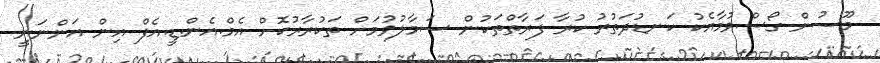
މޫސުން ގޯސްވުމާއެކު ކަނޑުދަތުރު ކުރާ ފަރާތްތަކުން ސަމާލުވުމަށް ތަކުރާރުކޮށް އެމް.އެން.ޑީ.އެފް އިން އަންނަނީ